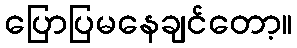
ပြောပြမနေချင်တော့။